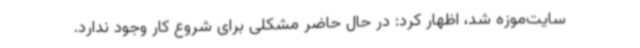
سایت‌موزه شد، اظهار کرد: در حال حاضر مشکلی برای شروع کار وجود ندارد.